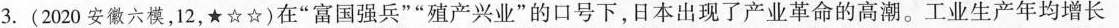
3.(2020安徽六模，12，★☆☆)在”富国强兵””殖产兴业”的口号下，日本出现了产业革命的高潮。工业生产年均增长